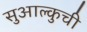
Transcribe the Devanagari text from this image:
सुआल्कुची